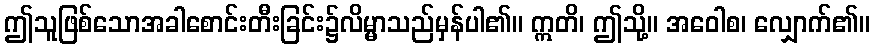
ဤသူဖြစ်သောအခါစောင်းတီးခြင်း၌လိမ္မာသည်မှန်ပါ၏။ ဣတိ၊ ဤသို့။ အဝေါစ၊ လျှောက်၏။